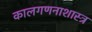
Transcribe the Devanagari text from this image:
कालगणनाशास्त्र